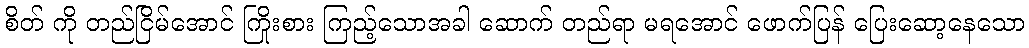
စိတ် ကို တည်ငြိမ်အောင် ကြိုးစား ကြည့်သောအခါ ဆောက် တည်ရာ မရအောင် ဖောက်ပြန် ပြေးဆော့နေသော